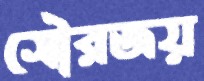
সৌরজয়